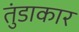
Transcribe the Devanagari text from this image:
तुंडाकार